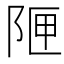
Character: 𮥇